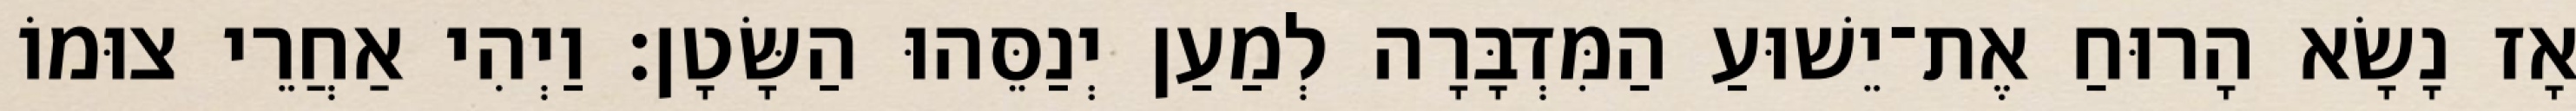
אָז נָשָׂא הָרוּחַ אֶת־יֵשׁוּעַ הַמִּדְבָּרָה לְמַעַן יְנַסֵּהוּ הַשָּׂטָן׃ וַיְהִי אַחֲרֵי צוּמוֹ